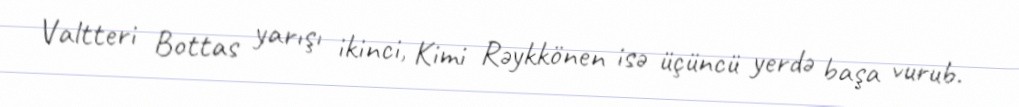
Valtteri Bottas yarışı ikinci, Kimi Rəykkönen isə üçüncü yerdə başa vurub.